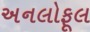
અનલોફૂલ